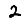
Digit: 2